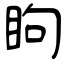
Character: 眗